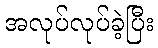
အလုပ်လုပ်ခဲ့ပြီး